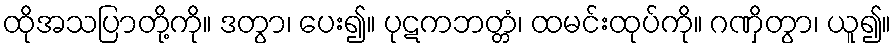
ထိုအသပြာတို့ကို။ ဒတွာ၊ ပေး၍။ ပုဋကဘတ္တံ၊ ထမင်းထုပ်ကို။ ဂဏှိတွာ၊ ယူ၍။